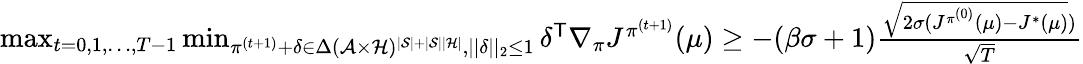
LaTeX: \begin{array}{r}{\operatorname*{max}_{t=0,1,\ldots,T-1}\operatorname*{min}_{\pi^{(t+1)}+\delta\in{\Delta}(\mathcal{A}\times\mathcal{H})^{|\mathcal{S}|+|\mathcal{S}||\mathcal{H}|},||\delta||_{2}\le 1}\delta^{\mathsf T}\nabla_{\pi}J^{\pi^{(t+1)}}(\mu)\ge-(\beta\sigma+1)\frac{\sqrt{2\sigma(J^{\pi^{(0)}}(\mu)-J^{*}(\mu)})}{\sqrt{T}}}\end{array}